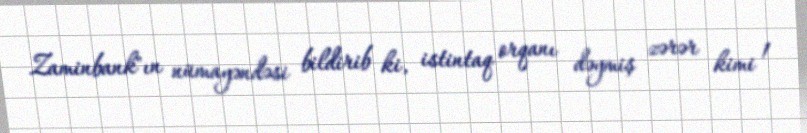
Zaminbank"ın nümayəndəsi bildirib ki, istintaq orqanı dəymiş zərər kimi 1